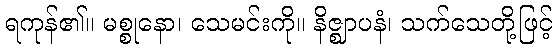
ရကုန်၏။ မစ္စုနော၊ သေမင်းကို။ နိဇ္ဈာပနံ၊ သက်သေတို့ဖြင့်